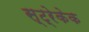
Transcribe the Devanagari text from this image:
स्ट्रेकेक